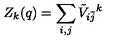
Z _ { k } ( q ) = \sum _ { i , j } { \tilde { V } } _ { i \bar { j } } { } ^ { k }